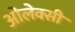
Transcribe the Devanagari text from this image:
ओलेक्सी